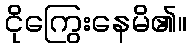
ငိုကြွေးနေမိ၏။